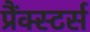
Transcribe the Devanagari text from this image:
प्रैंक्स्टर्स